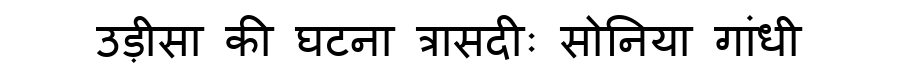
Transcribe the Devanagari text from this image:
उड़ीसा की घटना त्रासदीः सोनिया गांधी